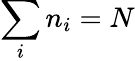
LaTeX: {\sum_{i}n_{i}=N}